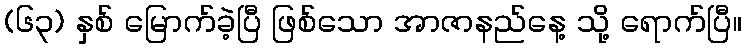
(၆၃) နှစ် မြောက်ခဲ့ပြီ ဖြစ်သော အာဇာနည်နေ့ သို့ ရောက်ပြီ။